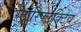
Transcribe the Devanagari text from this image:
रेट्रोरिफ्लेक्टिव